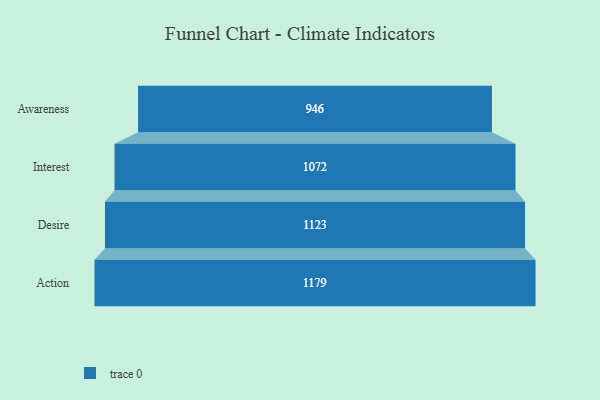
{"axis": {"x": "Stage", "y": "Value"}, "legend": [""], "data": [{"x": "Awareness", "y": 946.0, "type": ""}, {"x": "Interest", "y": 1072.0, "type": ""}, {"x": "Desire", "y": 1123.0, "type": ""}, {"x": "Action", "y": 1179.0, "type": ""}]}